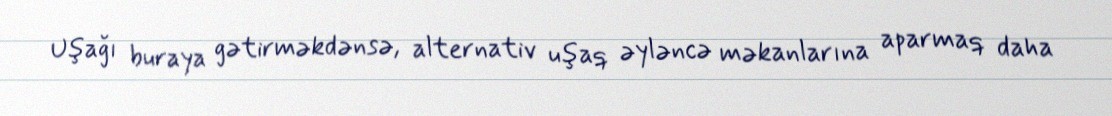
Uşağı buraya gətirməkdənsə, alternativ uşaq əyləncə məkanlarına aparmaq daha